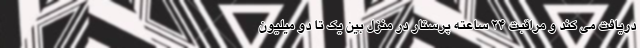
دریافت می کند و مراقبت ۲۴ ساعته پرستار در منزل بین یک تا دو میلیون